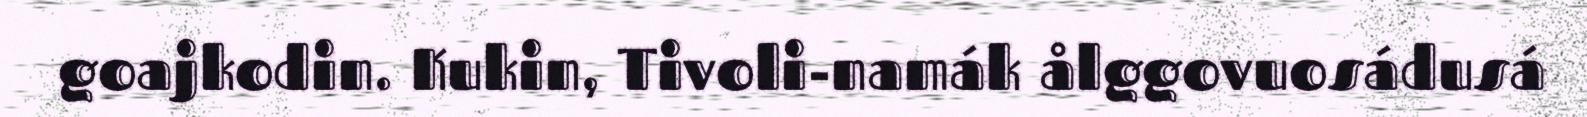
goajkodin. Kukin, Tivoli-namák ålggovuosádusá